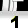
Digit: 1